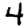
Digit: 4